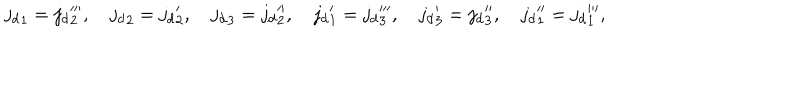
LaTeX: { j _ { d } } _ { 1 } = { j _ { d } } _ { 2 } ^ { \prime \prime \prime } , \quad { j _ { d } } _ { 2 } = { j _ { d } } _ { 2 } ^ { \prime } , \quad { j _ { d } } _ { 3 } = { j _ { d } } _ { 2 } ^ { \prime \prime } , \quad { j _ { d } } _ { 1 } ^ { \prime } = { j _ { d } } _ { 3 } ^ { \prime \prime \prime } , \quad { j _ { d } } _ { 3 } ^ { \prime } = { j _ { d } } _ { 3 } ^ { \prime \prime } , \quad { j _ { d } } _ { 1 } ^ { \prime \prime } = { j _ { d } } _ { 1 } ^ { \prime \prime \prime } ,